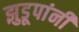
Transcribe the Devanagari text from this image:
झुडूपांनी